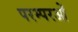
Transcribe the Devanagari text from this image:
परम्परओं